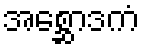
အစ္ဆောဒကံ